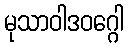
မုသာဝါဒဝဂ္ဂေါ